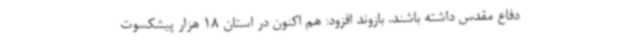
دفاع مقدس داشته باشند. بازوند افزود: هم اکنون در استان 18 هزار پیشکسوت